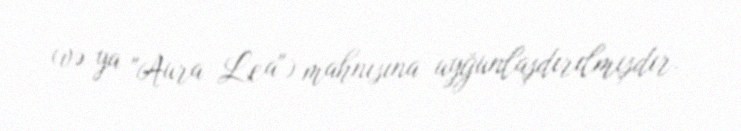
(və ya "Aura Lea") mahnısına uyğunlaşdırılmışdır.